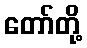
တော်တို့